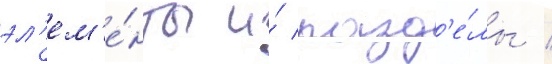
эл'ем'е́нты и́ разд'е́лы /